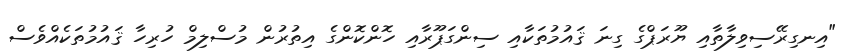
"އިނގިރޭސިވިލާތާއި ޔޫރަޕްގެ ގިނަ ޤައުމުތަކާއި ސިންގަޕޫރާއި ހޮންކޮންގެ އިތުރުން މުސްލިމް ހުރިހާ ޤައުމުތަކެއްވެސް